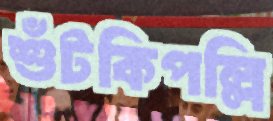
শুঁটকিপল্লি